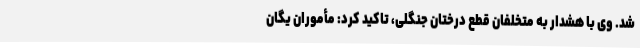
شد. وی با هشدار به متخلفان قطع درختان جنگلی، تاکید کرد: مأموران یگان